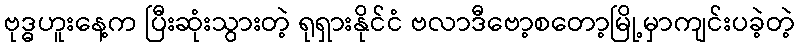
ဗုဒ္ဓဟူးနေ့က ပြီးဆုံးသွားတဲ့ ရုရှားနိုင်ငံ ဗလာဒီဗော့စတော့မြို့မှာကျင်းပခဲ့တဲ့